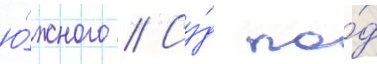
ю́жного // Су́д по́д